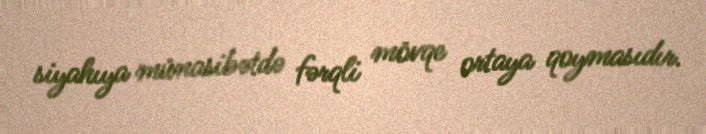
siyahıya münasibətdə fərqli mövqe ortaya qoymasıdır.